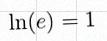
\ln(e)=1